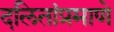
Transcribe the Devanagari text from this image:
दलितांप्रमाणे